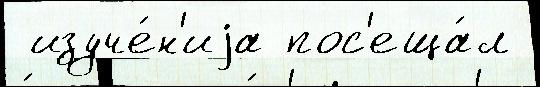
 изуче́н'иjа пос'еща́л